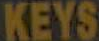
KEYS